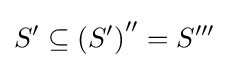
S^{\prime }\subseteq \left(S^{\prime }\right)^{\prime \prime }=S^{\prime \prime \prime }